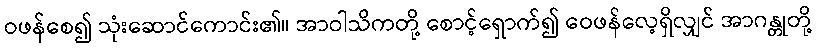
ဝဖန်စေ၍ သုံးဆောင်ကောင်း၏။ အာဝါသိကတို့ စောင့်ရှောက်၍ ဝေဖန်လေ့ရှိလျှင် အာဂန္တုတို့